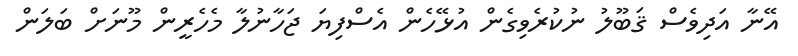
އޭނާ އަދިވެސް ޤަބޫލު ނުކުރެވިގެން އުޅޭހެން އެސްފިޔަ ޖަހާނުލާ މެހެރީން މޫނަށް ބަލަން